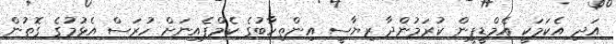
އަދި އެކަމަކީ އެމްޑީޕީން ކުރަމުންދާ ރިޔާސީ އިންތިހާބުގެ ކެމްޕެއިނަށް ހުރަސް އެޅުމުގެ ގޮތުން